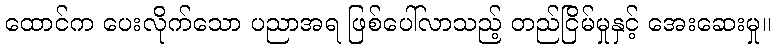
ထောင်က ပေးလိုက်သော ပညာအရ ဖြစ်ပေါ်လာသည့် တည်ငြိမ်မှုနှင့် အေးဆေးမှု။